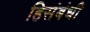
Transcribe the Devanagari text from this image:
हिसंबंधी